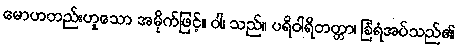
မောဟတည်းဟူသော အမိုက်ဖြင့်။ ဝါ၊ သည်။ ပရိဝါရိတတ္တာ၊ ခြံရံအပ်သည်၏